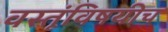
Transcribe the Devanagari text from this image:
वस्तूंविषयीच